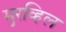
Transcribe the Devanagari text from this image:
मुरव्हिल